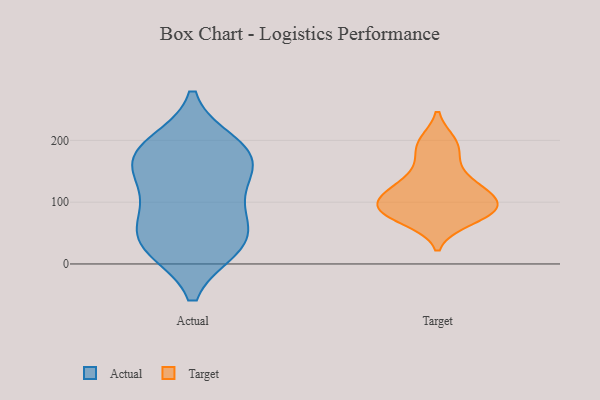
{"axis": {"x": "Net Income (USD K)", "y": "Value"}, "legend": ["Actual", "Target"], "data": [{"x": "", "y": 165, "type": "Actual"}, {"x": "", "y": 27, "type": "Actual"}, {"x": "", "y": 47, "type": "Actual"}, {"x": "", "y": 26, "type": "Actual"}, {"x": "", "y": 181, "type": "Actual"}, {"x": "", "y": 132, "type": "Actual"}, {"x": "", "y": 182, "type": "Actual"}, {"x": "", "y": 88, "type": "Actual"}, {"x": "", "y": 153, "type": "Actual"}, {"x": "", "y": 32, "type": "Actual"}, {"x": "", "y": 83, "type": "Actual"}, {"x": "", "y": 194, "type": "Actual"}, {"x": "", "y": 97, "type": "Target"}, {"x": "", "y": 131, "type": "Target"}, {"x": "", "y": 93, "type": "Target"}, {"x": "", "y": 165, "type": "Target"}, {"x": "", "y": 123, "type": "Target"}, {"x": "", "y": 79, "type": "Target"}, {"x": "", "y": 197, "type": "Target"}, {"x": "", "y": 193, "type": "Target"}, {"x": "", "y": 125, "type": "Target"}, {"x": "", "y": 85, "type": "Target"}, {"x": "", "y": 71, "type": "Target"}, {"x": "", "y": 103, "type": "Target"}, {"x": "", "y": 88, "type": "Target"}]}